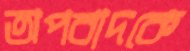
অপবাদকে